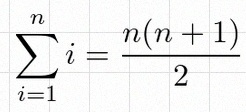
\sum_{i=1}^{n}i=\frac{n(n+1)}2